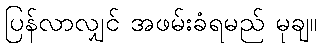
ပြန်လာလျှင် အဖမ်းခံရမည် မုချ။